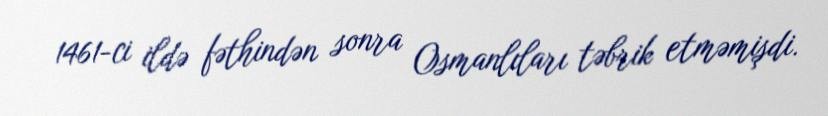
1461-ci ildə fəthindən sonra Osmanlıları təbrik etməmişdi.